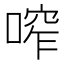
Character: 鿽